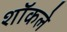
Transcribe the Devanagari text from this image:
शॉकले